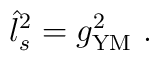
\hat{l}_s^2 = g_{\rm YM}^2 \ .